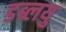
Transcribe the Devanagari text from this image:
डब्लयु